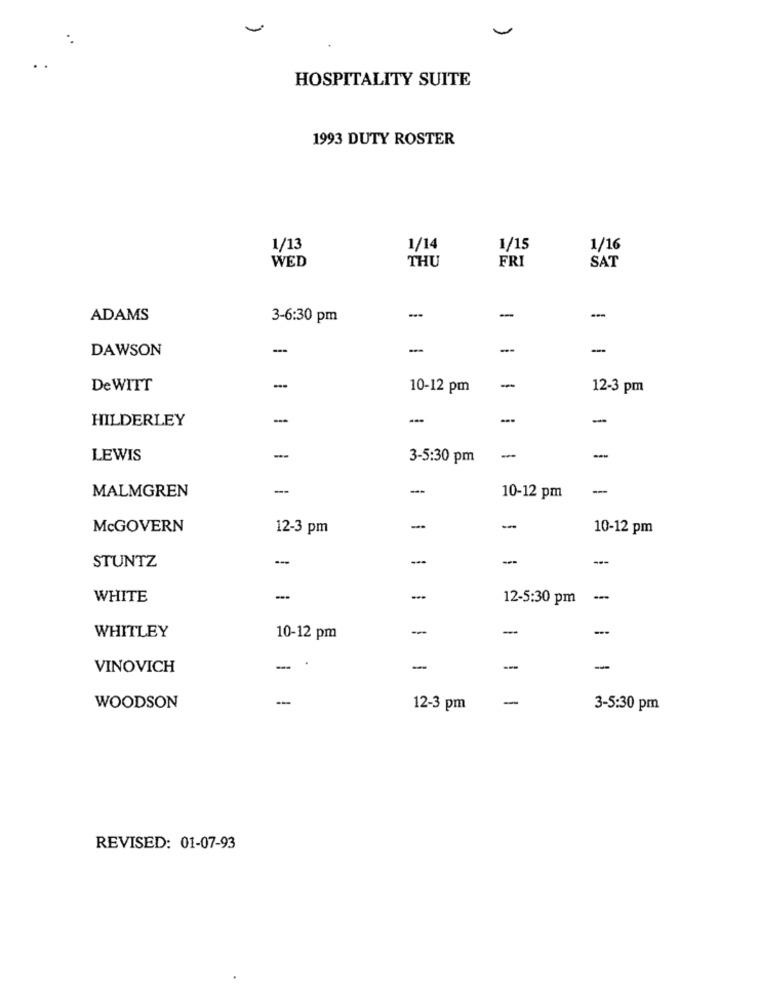
HOSPITALITY SUITE
1993 DUTY ROSTER
1/13
1/14
1/15
1/16
FRI
WED
THU
SAT
ADAMS
3-6:30 pm
-
-
DAWSON
-
-
--
-
De WITT
--
10-12 pm
-
12-3 pm
HILDERLEY
-
LEWIS
--
3-5:30 pm
-
-
MALMGREN
--
--
-
10-12 pm
McGOVERN
12-3 pm
-
-
10-12 pm
-
-
---
STUNTZ
WHITE
12-5:30 pm
-
-
-
--
WHITLEY
10-12 pm
VINOVICH
-
-
-
-
-
-
WOODSON
12-3 pm
3-5:30 pm
REVISED: 01-07-93